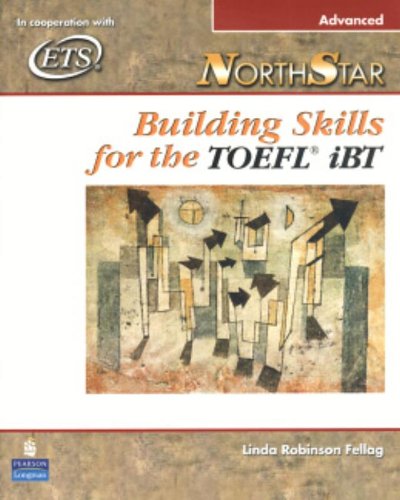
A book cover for NorthStar: Building Skills for the TOEFL iBT (Advanced Student Book with Audio CDs); Linda Robinson Fellag; Test Preparation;